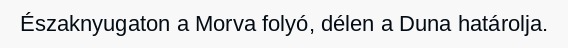
Északnyugaton a Morva folyó, délen a Duna határolja.